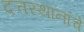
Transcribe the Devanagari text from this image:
दत्तस्थानांचे